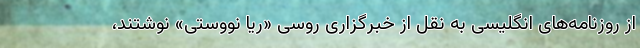
از روزنامه‌های انگلیسی به نقل از خبرگزاری روسی «ریا نووستی» نوشتند،